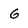
Character: G